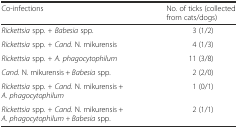
<table><thead><tr><td><b>Co-infections</b></td><td><b>No. of ticks (collected from cats/dogs)</b></td></tr></thead><tbody><tr><td><i>Rickettsia</i> spp. <i>+ Babesia</i> spp.</td><td>3 (1/2)</td></tr><tr><td><i>Rickettsia</i> spp. <i>+ Cand.</i> N. mikurensis</td><td>4 (1/3)</td></tr><tr><td><i>Rickettsia</i> spp. <i>+ A. phagocytophilum</i></td><td>11 (3/8)</td></tr><tr><td><i>Cand.</i> N. mikurensis + <i>Babesia</i> spp.</td><td>2 (2/0)</td></tr><tr><td><i>Rickettsia</i> spp. <i>+ Cand.</i> N. mikurensis + <i>A. phagocytophilum</i></td><td>1 (0/1)</td></tr><tr><td><i>Rickettsia</i> spp. <i>+ Cand.</i> N. mikurensis + <i>A. phagocytophilum + Babesia</i> spp.</td><td>2 (1/1)</td></tr></tbody></table>